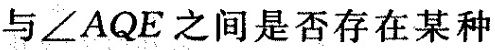
与\angle AQE之间是否存在某种